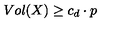
V o l ( X ) \geq c _ { d } \cdot p